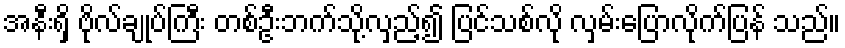
အနီးရှိ ဗိုလ်ချုပ်ကြီး တစ်ဦးဘက်သို့လှည့်၍ ပြင်သစ်လို လှမ်းပြောလိုက်ပြန် သည်။